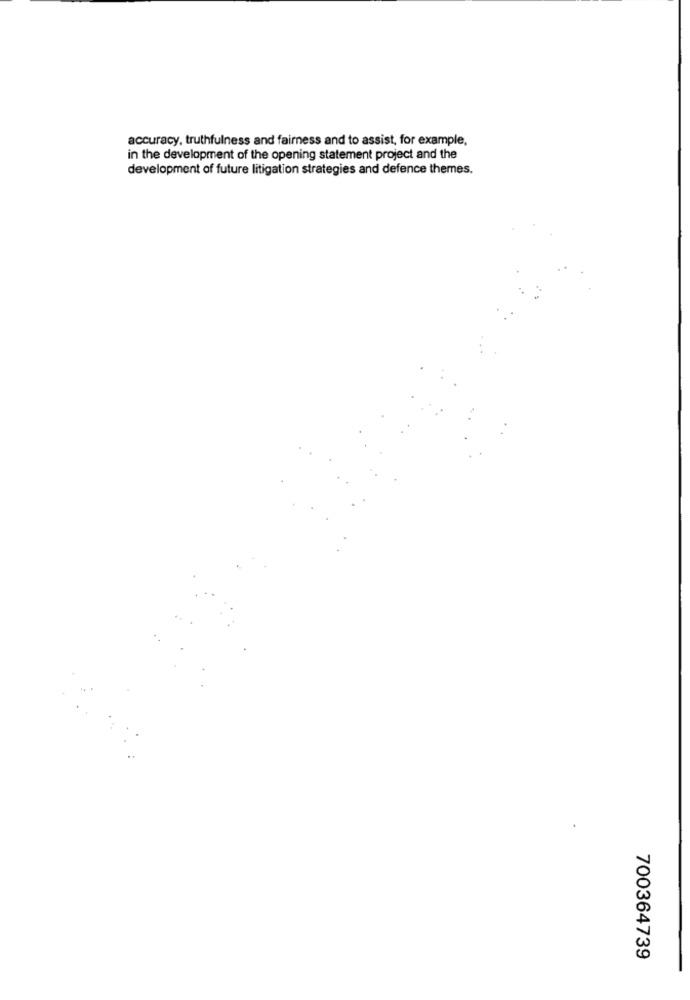
accuracy, truthfulness and fairness and to assist, for example,
in the development of the opening statement project and the
development of future litigation strategies and defence themes.
700364739